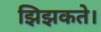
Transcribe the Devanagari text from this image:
झिझकते।